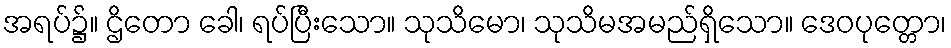
အရပ်၌။ ဌိတော ခေါ၊ ရပ်ပြီးသော။ သုသိမော၊ သုသိမအမည်ရှိသော။ ဒေဝပုတ္တော၊